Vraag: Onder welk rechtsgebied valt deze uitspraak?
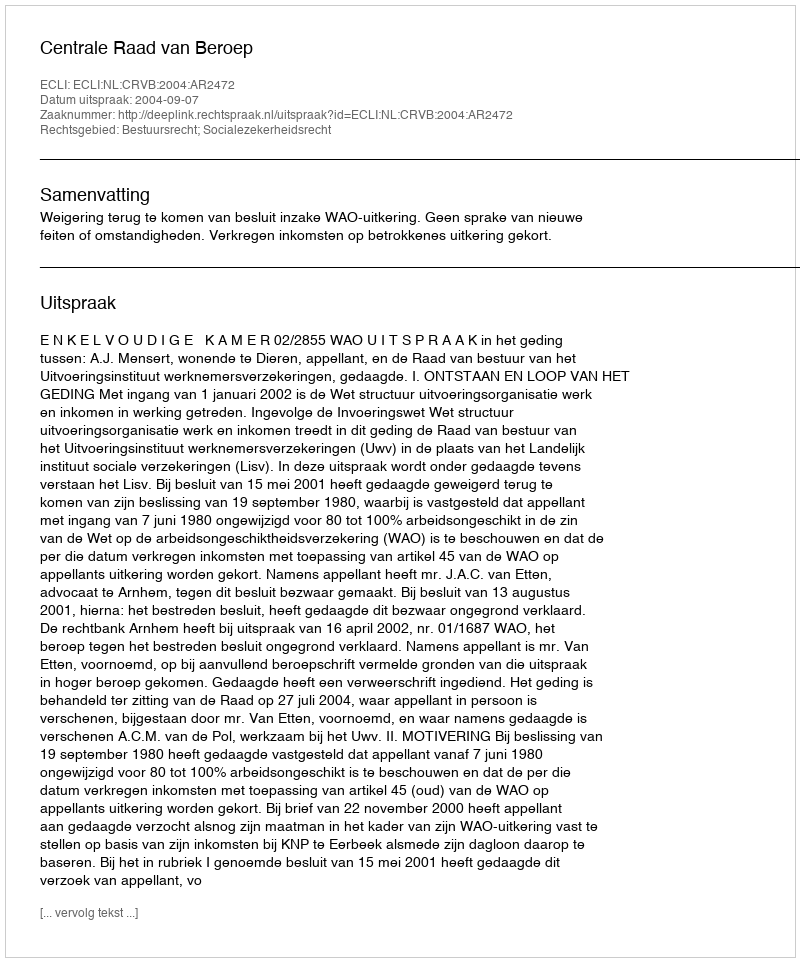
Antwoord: Bestuursrecht; Socialezekerheidsrecht